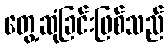
တွေ့ဆုံခြင်းဖြစ်သည်